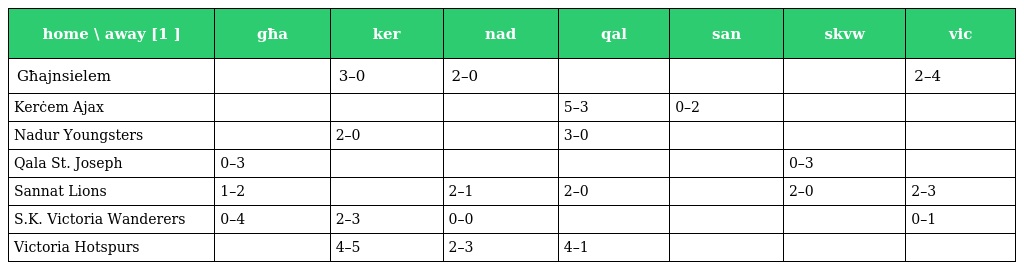
| home \ away [1 ] | għa | ker | nad | qal | san | skvw | vic |
 | --- | --- | --- | --- | --- | --- | --- | --- |
 | Għajnsielem |  | 3–0 | 2–0 |  |  |  | 2–4 |
 | Kerċem Ajax |  |  |  | 5–3 | 0–2 |  |  |
 | Nadur Youngsters |  | 2–0 |  | 3–0 |  |  |  |
 | Qala St. Joseph | 0–3 |  |  |  |  | 0–3 |  |
 | Sannat Lions | 1–2 |  | 2–1 | 2–0 |  | 2–0 | 2–3 |
 | S.K. Victoria Wanderers | 0–4 | 2–3 | 0–0 |  |  |  | 0–1 |
 | Victoria Hotspurs |  | 4–5 | 2–3 | 4–1 |  |  |  |